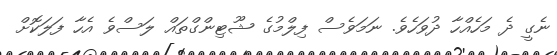
ނެގީ ދެ މަހެއްހާ ދުވަހެވެ. ނަމަވެސް ފިލްމުގެ ޝޫޓިންގްތައް ލަސްވެ އެހާ ފަލަކޮށް